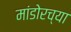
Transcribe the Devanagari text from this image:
मांडोरच्या